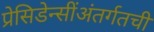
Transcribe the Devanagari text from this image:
प्रेसिडेन्सींअंतर्गतची